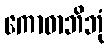
ကောဓာဘိဘုံ